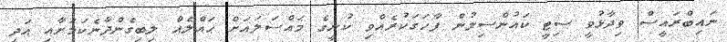
ނައިބްރައީސް ވިދާޅުވީ ސިޓީ ކައުންސިލުން ފާހަގަކުރެއްވި ކުނީގެ މައްސަލައަށް ޙައްލެއް ލިބިގެންދާނެކަމަށާއި އަދި